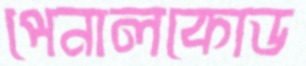
পেনালকোড